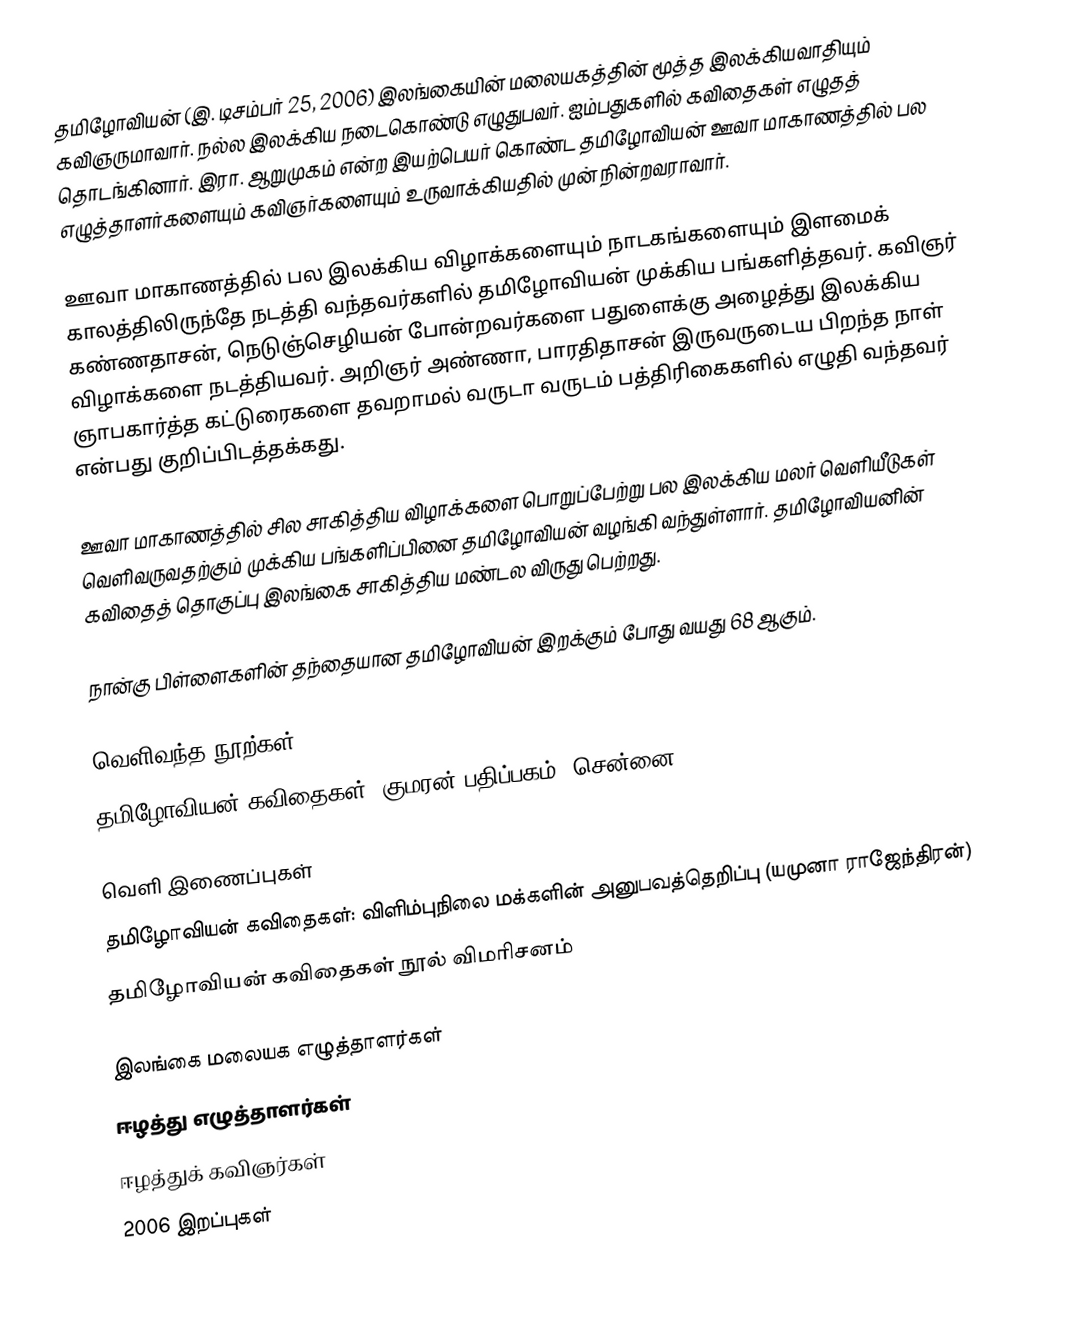
தமிழோவியன் (இ. டிசம்பர் 25, 2006) இலங்கையின் மலையகத்தின் மூத்த இலக்கியவாதியும் கவிஞருமாவார். நல்ல இலக்கிய நடைகொண்டு எழுதுபவர். ஐம்பதுகளில் கவிதைகள் எழுதத் தொடங்கினார். இரா. ஆறுமுகம் என்ற இயற்பெயர் கொண்ட தமிழோவியன் ஊவா மாகாணத்தில் பல எழுத்தாளர்களையும் கவிஞர்களையும் உருவாக்கியதில் முன் நின்றவராவார்.

ஊவா மாகாணத்தில் பல இலக்கிய விழாக்களையும் நாடகங்களையும் இளமைக் காலத்திலிருந்தே நடத்தி வந்தவர்களில் தமிழோவியன் முக்கிய பங்களித்தவர். கவிஞர் கண்ணதாசன், நெடுஞ்செழியன் போன்றவர்களை பதுளைக்கு அழைத்து இலக்கிய விழாக்களை நடத்தியவர். அறிஞர் அண்ணா, பாரதிதாசன் இருவருடைய பிறந்த நாள் ஞாபகார்த்த கட்டுரைகளை தவறாமல் வருடா வருடம் பத்திரிகைகளில் எழுதி வந்தவர் என்பது குறிப்பிடத்தக்கது.

ஊவா மாகாணத்தில் சில சாகித்திய விழாக்களை பொறுப்பேற்று பல இலக்கிய மலர் வெளியீடுகள் வெளிவருவதற்கும் முக்கிய பங்களிப்பினை தமிழோவியன் வழங்கி வந்துள்ளார். தமிழோவியனின் கவிதைத் தொகுப்பு இலங்கை சாகித்திய மண்டல விருது பெற்றது.

நான்கு பிள்ளைகளின் தந்தையான தமிழோவியன் இறக்கும் போது வயது 68 ஆகும்.

வெளிவந்த நூற்கள்
 தமிழோவியன் கவிதைகள், குமரன் பதிப்பகம், சென்னை

வெளி இணைப்புகள்
 தமிழோவியன் கவிதைகள்: விளிம்புநிலை மக்களின் அனுபவத்தெறிப்பு (யமுனா ராஜேந்திரன்)
 தமிழோவியன் கவிதைகள் நூல் விமரிசனம்

இலங்கை மலையக எழுத்தாளர்கள்
ஈழத்து எழுத்தாளர்கள்
ஈழத்துக் கவிஞர்கள்
2006 இறப்புகள்